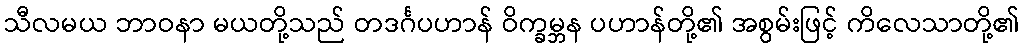
သီလမယ ဘာဝနာ မယတို့သည် တဒင်္ဂပဟာန် ဝိက္ခမ္ဘန ပဟာန်တို့၏ အစွမ်းဖြင့် ကိလေသာတို့၏